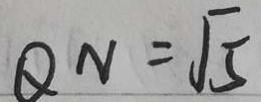
Q N = \sqrt { 5 }